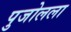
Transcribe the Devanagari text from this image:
पुजोलला